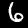
Digit: 6